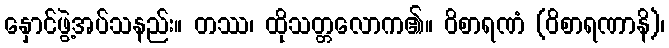
နှောင်ဖွဲ့အပ်သနည်း။ တဿ၊ ထိုသတ္တလောက၏။ ဝိစာရဏံ (ဝိစာရဏာနိ)၊